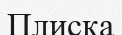
Плиска